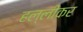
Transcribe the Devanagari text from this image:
हल्लीकर